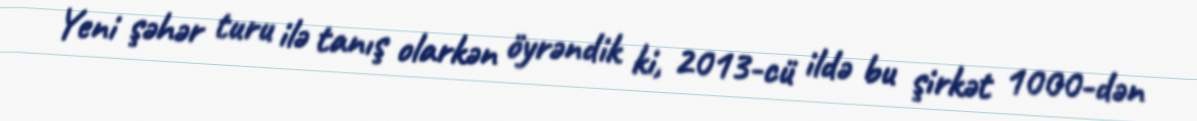
Yeni şəhər turu ilə tanış olarkən öyrəndik ki, 2013-cü ildə bu şirkət 1000-dən